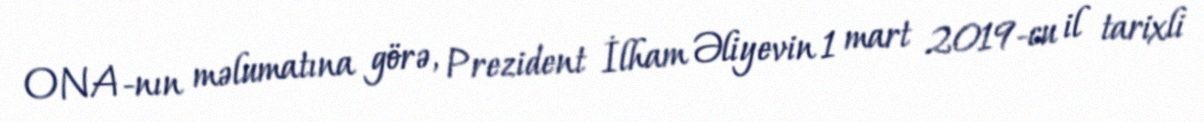
ONA-nın məlumatına görə, Prezident İlham Əliyevin 1 mart 2019-cu il tarixli